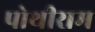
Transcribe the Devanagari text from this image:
पोथीराम